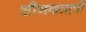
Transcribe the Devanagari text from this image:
शौनकऋषी